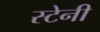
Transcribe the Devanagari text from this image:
स्टेनी